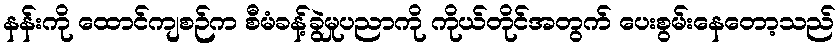
နန်းကို ထောင်ကျစဉ်က စီမံခန့်ခွဲမှုပညာကို ကိုယ်တိုင်အတွက် ပေးစွမ်းနေတော့သည်